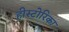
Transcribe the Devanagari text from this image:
हीस्टोरिका